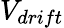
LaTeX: V_{drift}